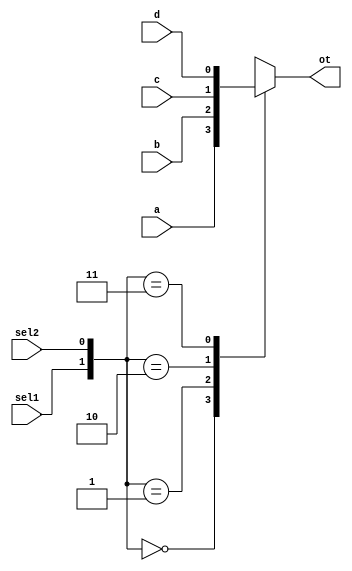
module MUX41(
    input a,
    input b,
    input c,
    input d,
    input sel1,
    input sel2,
    output ot
    );
    reg ot;
    always@(a or b or c or d or sel1 or sel2)
        case({sel1,sel2})
        2'b00:ot=a;
        2'b01:ot=b;
        2'b10:ot=c;
        2'b11:ot=d;
        endcase
endmodule